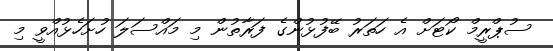
ސުޕްރީމް ކޯޓަށް އެ ހަތަރު ބޭފުޅުންގެ ފަރާތުން މި މައްސަލަ ހުށަހެޅުއްވީ މި